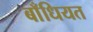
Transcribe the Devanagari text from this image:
बाँधियत